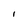
Character: I